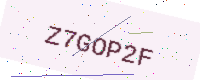
Text: Z7GOP2F